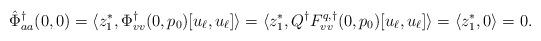
LaTeX: \begin{align*}\hat \Phi^\dagger_{aa}(0,0) &= \langle z_1^*, \Phi^\dagger_{vv}(0,p_0)[u_\ell,u_\ell]\rangle = \langle z_1^*, Q^\dagger F^{q,\dagger}_{vv}(0, p_0)[u_\ell,u_\ell]\rangle = \langle z_1^*, 0\rangle = 0.\end{align*}